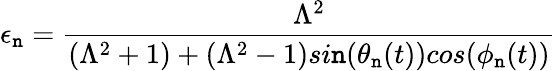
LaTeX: \epsilon_{\mathtt{n}}=\frac{{\Lambda^{2}}}{{(\Lambda^{2}+1)+(\Lambda^{2}-1)si\mathtt{n}(\theta_{\mathtt{n}}(t))cos(\phi_{\mathtt{n}}(t))}}